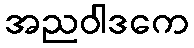
အညဝါဒကေ